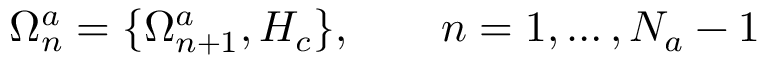
\Omega _ { n } ^ { a } = \{ \Omega _ { n + 1 } ^ { a } , H _ { c } \} , \ \ \ \ \ \ n = 1 , \ldots , N _ { a } - 1